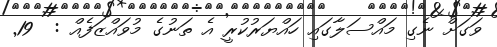
ވަގަށް ނެގި މައްސަލާގައި ހައްޔަރުކުރީ އެ ތަނުގެ މުވައްޒަފެއް :  19